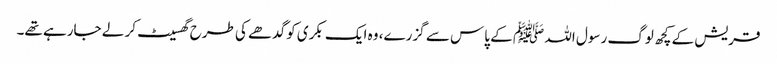
قریش کے کچھ لوگ رسول اللہ ﷺ کے پاس سے گزرے، وہ ایک بکری کو گدھے کی طرح گھسیٹ کر لے جارہے تھے۔